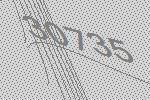
30735